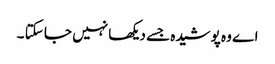
اے وہ پوشیدہ جسے دیکھا نہیں جا سکتا ۔